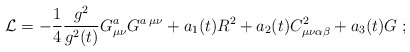
\begin{align*}{\cal L}=-\frac{1}{4} \frac{g^2}{g^2(t)} G_{\mu \nu}^a G^{a \; \mu \nu}+a_1(t) R^2 + a_2 (t) C_{\mu \nu \alpha \beta}^2 +a_3 (t) G\; ;\end{align*}